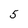
Character: 5